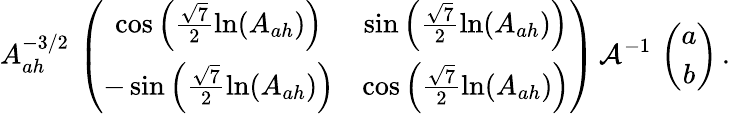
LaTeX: A_{ah}^{-3/2}\, \left(\begin{array}{cc}{{\cos\left(\frac{\sqrt{7}}{2}\ln(A_{ah})\right)}}&{{\sin\left(\frac{\sqrt{7}}{2}\ln(A_{ah})\right)}}\\ {{-\sin\left(\frac{\sqrt{7}}{2}\ln(A_{ah})\right)}}&{{\cos\left(\frac{\sqrt{7}}{2}\ln(A_{ah})\right)}}\end{array}\right)\, {\cal A}^{-1}\, \left(\begin{array}{c}{{a}}\\ {{b}}\end{array}\right)\, .